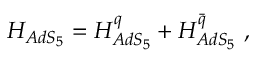
{ \cal H } _ { A d S _ { 5 } } = { \cal H } _ { A d S _ { 5 } } ^ { q } + { \cal H } _ { A d S _ { 5 } } ^ { \bar { q } } \ ,